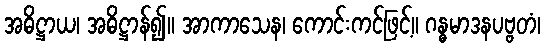
အဓိဋ္ဌာယ၊ အဓိဋ္ဌာန်၍။ အာကာသေန၊ ကောင်းကင်ဖြင့်။ ဂန္ဓမာဒနပဗ္ဗတံ၊